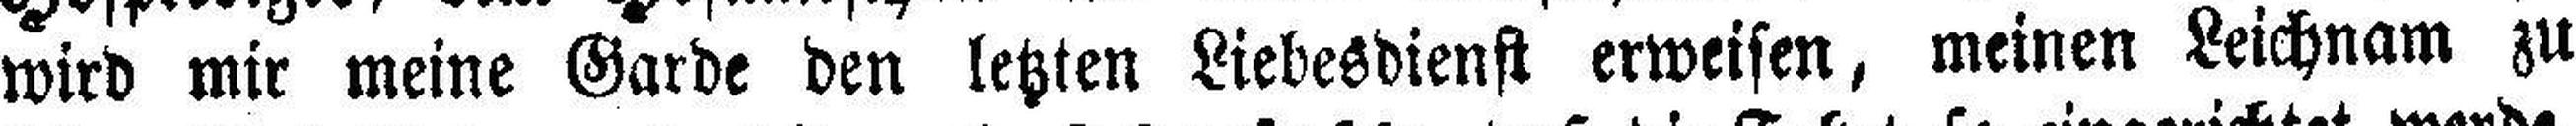
wird mir meine Garde den letzten Liebesdienst erweisen, meinen Leichnam zu